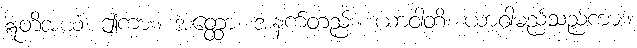
ဣတိအယံ၊ ဤကား။ အတ္ထော၊ အနက်တည်း။ ယာဝါတိ၊ ယာဝါမည်သည်ကား။